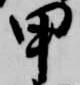
甲